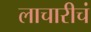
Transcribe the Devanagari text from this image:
लाचारीचं